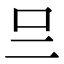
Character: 𠮡